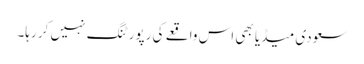
سعودی میڈیا بھی اس واقعے کی رپورٹنگ نہیں کر رہا۔